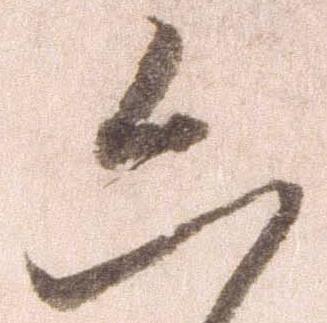
六